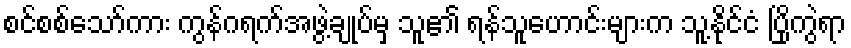
စင်စစ်သော်ကား ကွန်ဂရက်အဖွဲ့ချုပ်မှ သူ၏ ရန်သူဟောင်းများက သူ့နိုင်ငံ ပြိုကွဲရာ